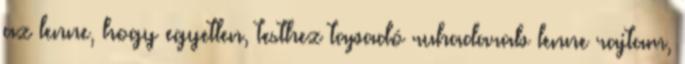
az lenne, hogy egyetlen, testhez tapadó ruhadarab lenne rajtam,